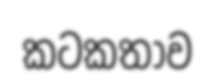
කටකතාව